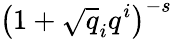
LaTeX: \left(1+{\sqrt{q}}_{i}q^{i}\right)^{-s}